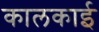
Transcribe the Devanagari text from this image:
कालकाई